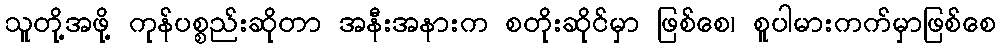
သူတို့အဖို့ ကုန်ပစ္စည်းဆိုတာ အနီးအနားက စတိုးဆိုင်မှာ ဖြစ်စေ၊ စူပါမားကက်မှာဖြစ်စေ